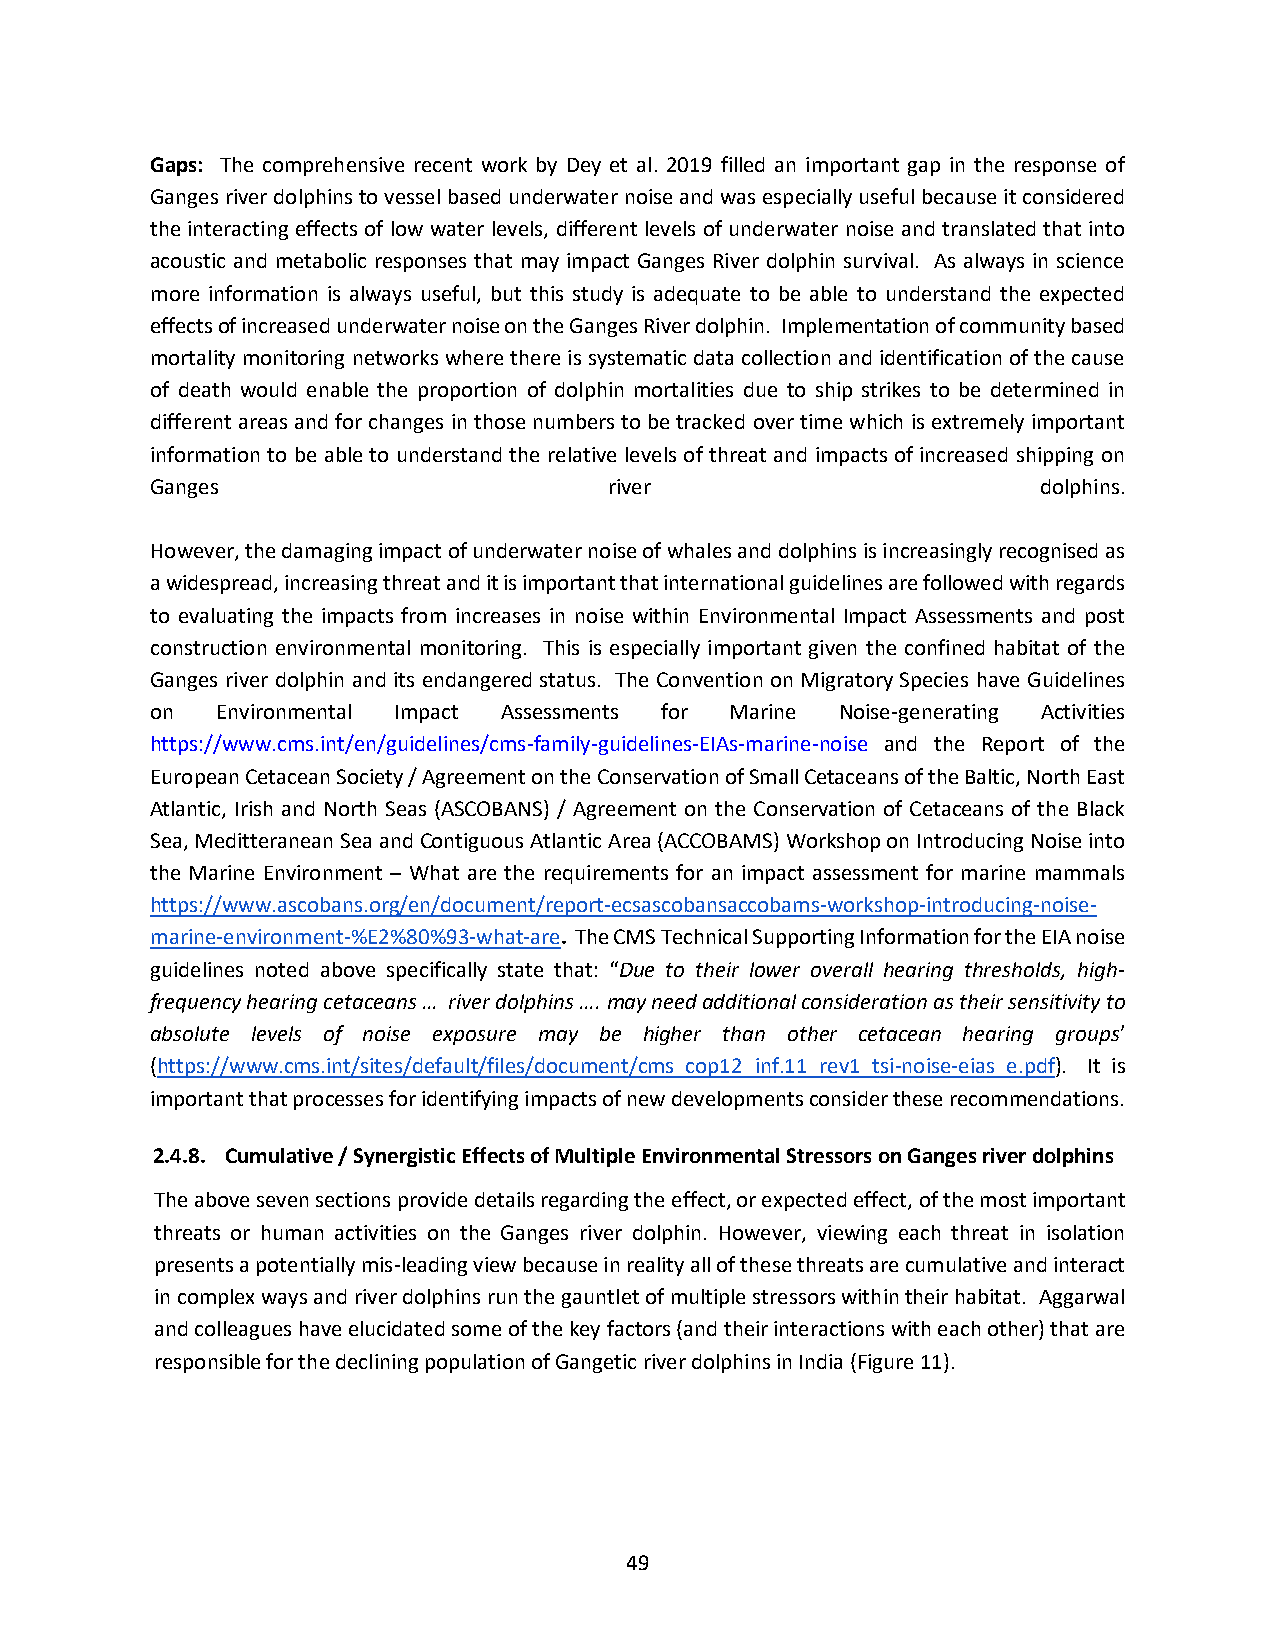
Gaps: The comprehensive recent work by Dey et al. 2019 filled an important gap in the response of
 Ganges river dolphins to vessel based underwater noise and was especially useful because it considered
 the interacting effects of low water levels, different levels of underwater noise and translated that into
 acoustic and metabolic responses that may impact Ganges River dolphin survival. As always in science
 more information is always useful, but this study is adequate to be able to understand the expected
 effects of increased underwater noise on the Ganges River dolphin. Implementation of community based
 mortality monitoring networks where there is systematic data collection and identification of the cause
 of death would enable the proportion of dolphin mortalities due to ship strikes to be determined in
 different areas and for changes in those numbers to be tracked over time which is extremely important
 information to be able to understand the relative levels of threat and impacts of increased shipping on
 Ganges                        river                        dolphins.
 However, the damaging impact of underwater noise of whales and dolphins is increasingly recognised as
 a widespread, increasing threat and it is important that international guidelines are followed with regards
 to evaluating the impacts from increases in noise within Environmental Impact Assessments and post
 construction environmental monitoring. This is especially important given the confined habitat of the
 Ganges river dolphin and its endangered status. The Convention on Migratory Species have Guidelines
 on  Environmental Impact Assessments for Marine Noise-generating Activities
 https://www.cms.int/en/guidelines/cms-family-guidelines-EIAs-marine-noise and the Report of the
 European Cetacean Society / Agreement on the Conservation of Small Cetaceans of the Baltic, North East
 Atlantic, Irish and North Seas (ASCOBANS) / Agreement on the Conservation of Cetaceans of the Black
 Sea, Meditteranean Sea and Contiguous Atlantic Area (ACCOBAMS) Workshop on Introducing Noise into
 the Marine Environment – What are the requirements for an impact assessment for marine mammals
 https://www.ascobans.org/en/document/report-ecsascobansaccobams-workshop-introducing-noise-
 marine-environment-%E2%80%93-what-are. The CMS Technical Supporting Information for the EIA noise
 guidelines noted above specifically state that: “Due to their lower overall hearing thresholds, high-
 frequency hearing cetaceans … river dolphins …. may need additional consideration as their sensitivity to
 absolute levels of noise exposure may be higher than other cetacean hearing groups’
 (https://www.cms.int/sites/default/files/document/cms_cop12_inf.11_rev1_tsi-noise-eias_e.pdf). It is
 important that processes for identifying impacts of new developments consider these recommendations.
 2.4.8. Cumulative / Synergistic Effects of Multiple Environmental Stressors on Ganges river dolphins
 The above seven sections provide details regarding the effect, or expected effect, of the most important
 threats or human activities on the Ganges river dolphin. However, viewing each threat in isolation
 presents a potentially mis-leading view because in reality all of these threats are cumulative and interact
 in complex ways and river dolphins run the gauntlet of multiple stressors within their habitat. Aggarwal
 and colleagues have elucidated some of the key factors (and their interactions with each other) that are
 responsible for the declining population of Gangetic river dolphins in India (Figure 11).
 49